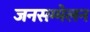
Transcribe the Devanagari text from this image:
जनसम्मेलन